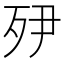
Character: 𭮅